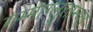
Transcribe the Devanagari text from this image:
गम्माग्लुताम्य्ल